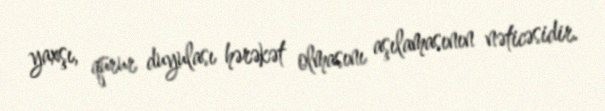
yaxşı, qürur duyulası hərəkət olmasını aşılamasının nəticəsidir.